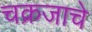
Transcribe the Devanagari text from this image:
चक्रजाचे